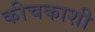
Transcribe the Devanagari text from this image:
कीचकाशी